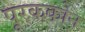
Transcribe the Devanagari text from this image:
पूरककोन